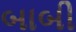
બાબી